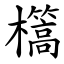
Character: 㰏